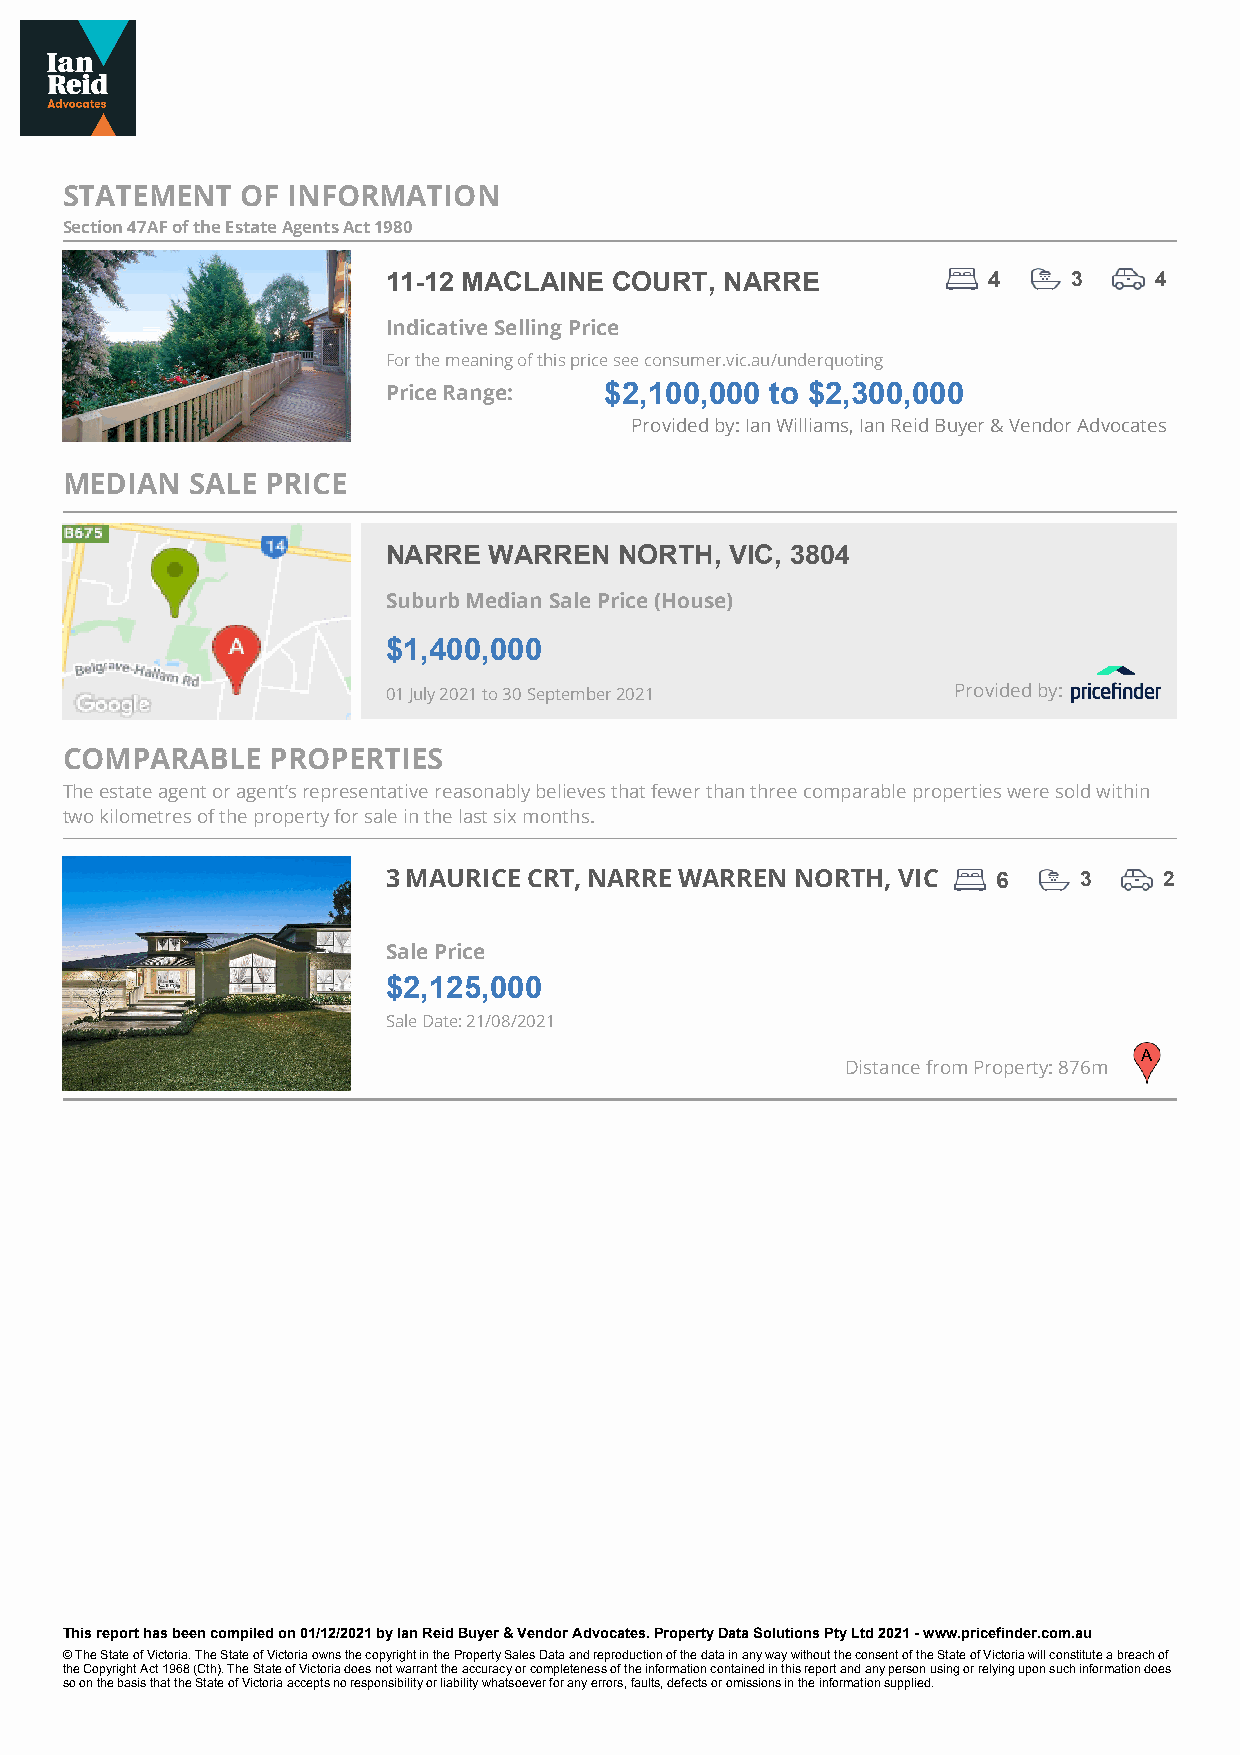
STATEMENT   OF INFORMATION
 Section 47AF of the Estate Agents Act 1980
 11-12 MACLAINE COURT, NARRE            4     3    4
 Indicative Selling Price
 For the meaning of this price see consumer.vic.au/underquoting
 Price Range:  $2,100,000 to $2,300,000
 Provided by: Ian Williams, Ian Reid Buyer & Vendor Advocates
 MEDIAN   SALE PRICE
 NARRE WARREN   NORTH, VIC, 3804
 Suburb Median Sale Price (House)
 $1,400,000
 01 July 2021 to 30 September 2021    Provided by:
 COMPARABLE    PROPERTIES
 The estate agent or agent’s representative reasonably believes that fewer than three comparable properties were sold within
 two kilometres of the property for sale in the last six months.
 3 MAURICE CRT, NARRE WARREN NORTH, VIC  6    3     2
 Sale Price
 $2,125,000
 Sale Date: 21/08/2021
 A
 Distance from Property: 876m
 This report has been compiled on 01/12/2021 by Ian Reid Buyer & Vendor Advocates. Property Data Solutions Pty Ltd 2021 - www.pricefinder.com.au
 © The State of Victoria. The State of Victoria owns the copyright in the Property Sales Data and reproduction of the data in any way without the consent of the State of Victoria will constitute a breach of
 the Copyright Act 1968 (Cth). The State of Victoria does not warrant the accuracy or completeness of the information contained in this report and any person using or relying upon such information does
 so on the basis that the State of Victoria accepts no responsibility or liability whatsoever for any errors, faults, defects or omissions in the information supplied.